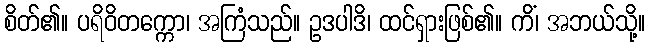
စိတ်၏။ ပရိဝိတက္ကော၊ အကြံသည်။ ဥဒပါဒိ၊ ထင်ရှားဖြစ်၏။ ကိံ၊ အဘယ်သို့။